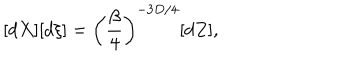
LaTeX: [ d X ] [ d \xi ] = \left( \frac { \beta } { 4 } \right) ^ { - 3 D / 4 } [ d Z ] ,